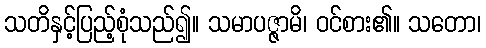
သတိနှင့်ပြည့်စုံသည်၍။ သမာပဇ္ဇာမိ၊ ဝင်စား၏။ သတော၊